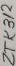
Text: ZTK312